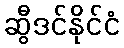
ဆွီဒင်နိုင်ငံ